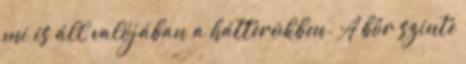
mi is áll valójában a hátterükben. A bőr szinte